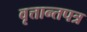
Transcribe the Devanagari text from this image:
वृत्तान्तपत्र